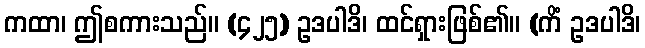
ကထာ၊ ဤစကားသည်။ (၄၂၅) ဥဒပါဒိ၊ ထင်ရှားဖြစ်၏။ (ကိံ ဥဒပါဒိ၊